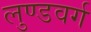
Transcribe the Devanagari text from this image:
लुण्डवर्ग